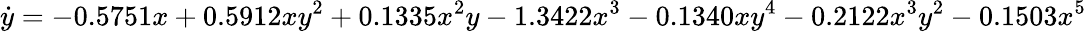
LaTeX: \dot{y}=-0.5751x+0.5912xy^{2}+0.1335x^{2}y-1.3422x^{3}-0.1340xy^{4}-0.2122x^{3}y^{2}-0.1503x^{5}